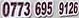
0773 695 9126